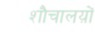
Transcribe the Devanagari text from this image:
शौचालय़ों